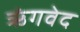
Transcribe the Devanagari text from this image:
ऋंगवेद